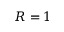
R = 1